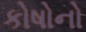
કોષોનો